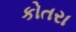
કોતરા